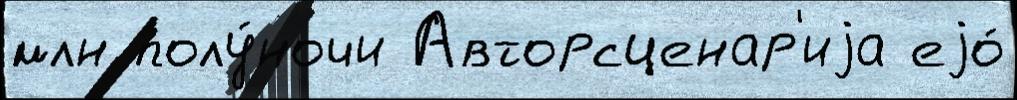
млн полу́ночи Авторсценар'иjа еjо́